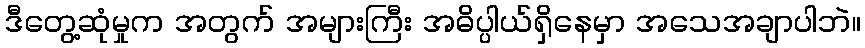
ဒီတွေ့ဆုံမှုက အတွက် အများကြီး အဓိပ္ပါယ်ရှိနေမှာ အသေအချာပါဘဲ။